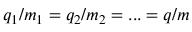
q _ { 1 } / m _ { 1 } = q _ { 2 } / m _ { 2 } = . . . = q / m